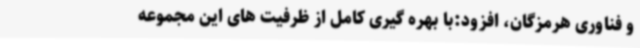
و فناوری هرمزگان، افزود:با بهره گیری کامل از ظرفیت های این مجموعه